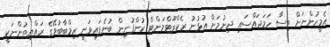
އެމީހުންނަށް ވިސާ ހަމަޖައްސައި ދިނުމަށް އުޅުނު ރެކްރޫޓްމަންޓް ކުންފުނިން ބުނެފައިވަނީ ޒިމްބާބުވޭގެ ރައްޔިތުންނަކީ